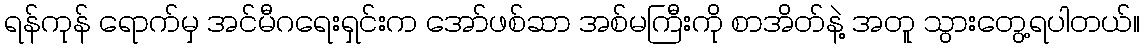
ရန်ကုန် ရောက်မှ အင်မီဂရေးရှင်းက အော်ဖစ်ဆာ အစ်မကြီးကို စာအိတ်နဲ့ အတူ သွားတွေ့ရပါတယ်။